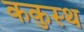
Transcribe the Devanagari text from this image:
ककुस्थ